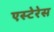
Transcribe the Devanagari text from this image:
एस्टेरेस